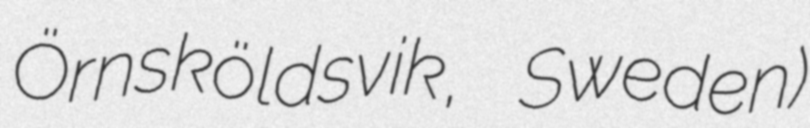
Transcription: Örnsköldsvik, Sweden)